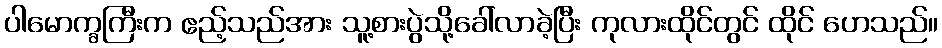
ပါမောက္ခကြီးက ဧည့်သည်အား သူ့စားပွဲသို့ခေါ်လာခဲ့ပြီး ကုလားထိုင်တွင် ထိုင် ဟေသည်။